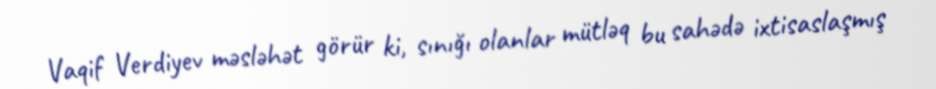
Vaqif Verdiyev məsləhət görür ki, sınığı olanlar mütləq bu sahədə ixtisaslaşmış